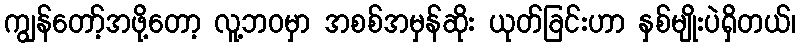
ကျွန်တော့်အဖို့တော့ လူ့ဘဝမှာ အစစ်အမှန်ဆိုး ယုတ်ခြင်းဟာ နှစ်မျိုးပဲရှိတယ်၊